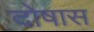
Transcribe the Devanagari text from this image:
दोषास